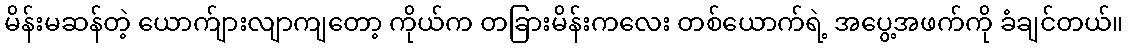
မိန်းမဆန်တဲ့ ယောက်ျားလျာကျတော့ ကိုယ်က တခြားမိန်းကလေး တစ်ယောက်ရဲ့ အပွေ့အဖက်ကို ခံချင်တယ်။